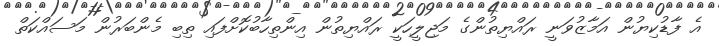
އެ ފާޑުކިޔުން އަމާޒުވަނީ ރައްޔިތުންގެ މަޖިލީހަކީ ރައްޔިތުން އިންތިހާބުކޮށްފައި ތިބި މެންބަރުން މަސައްކަތް